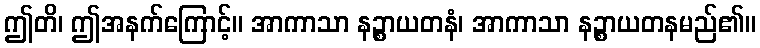
ဤတိ၊ ဤအနက်ကြောင့်။ အာကာသာ နဉ္စာယတနံ၊ အာကာသာ နဉ္စာယတနမည်၏။